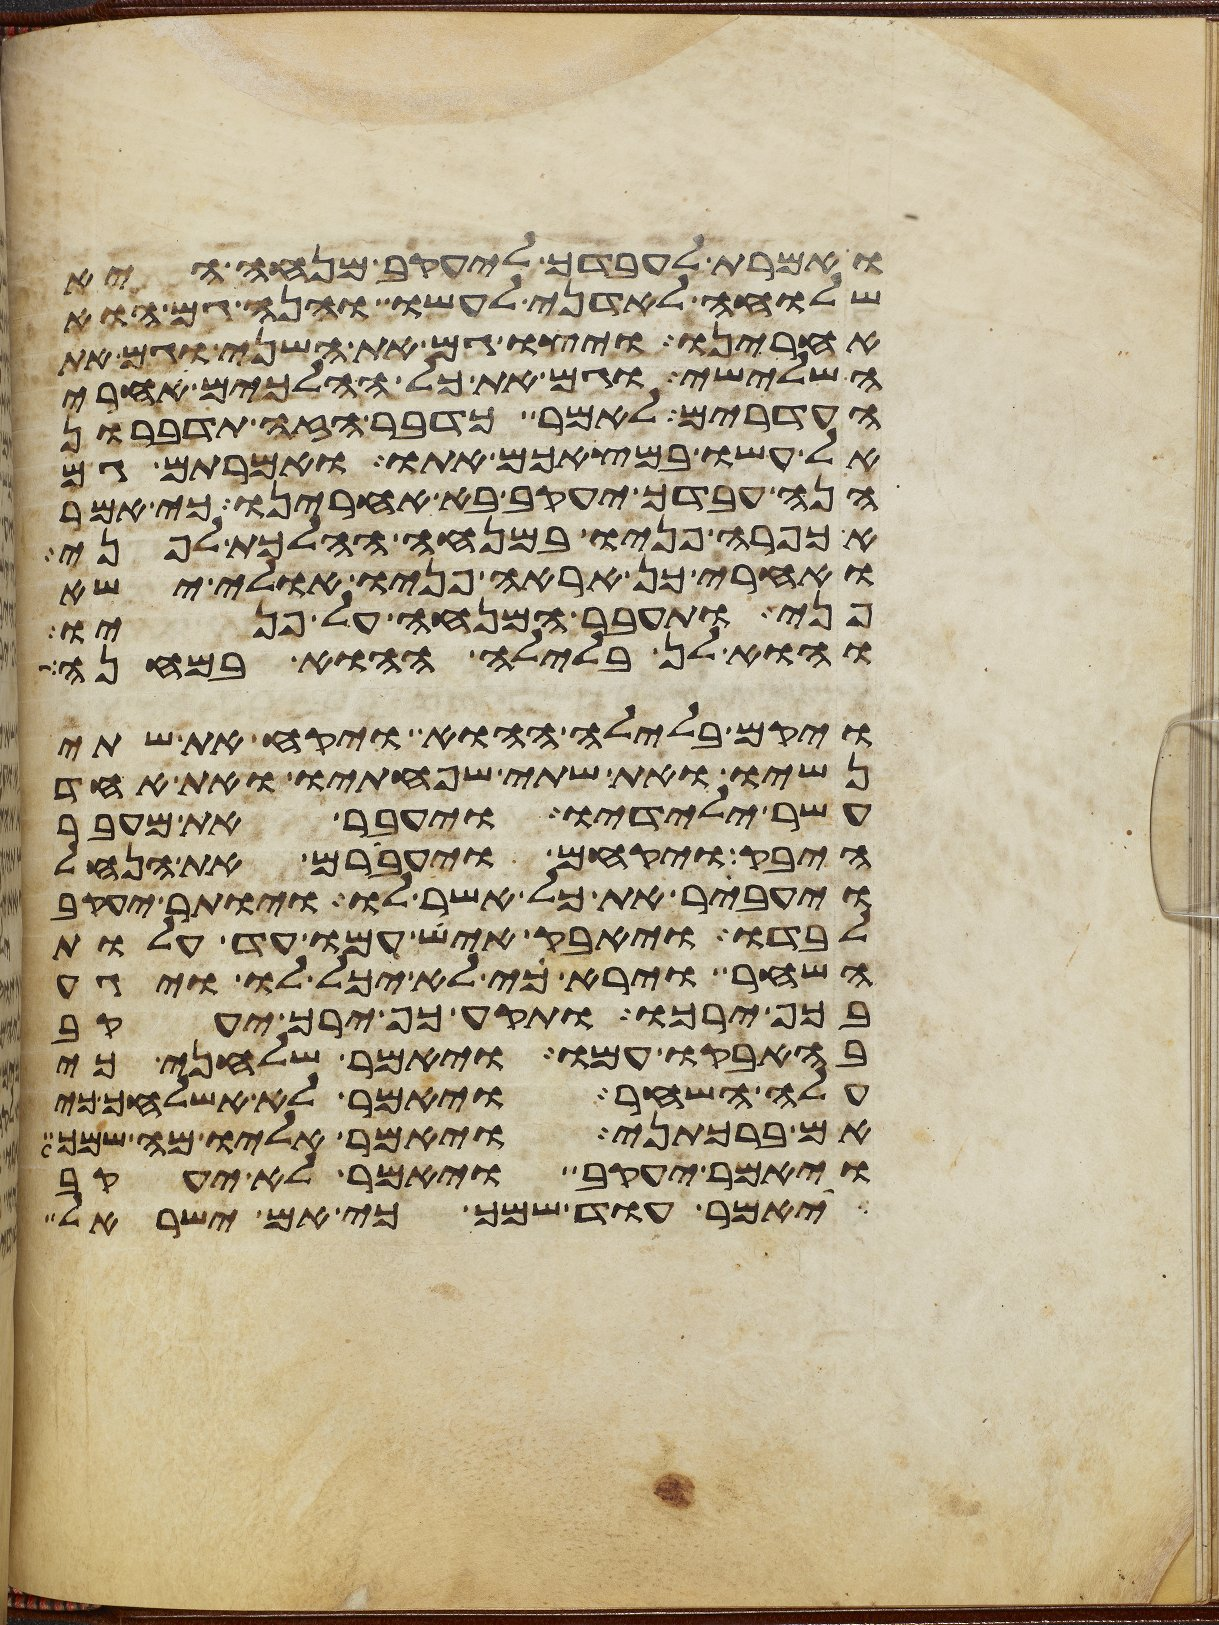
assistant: ואמרת לעבדך ליעקב מנחה היא
שלוחה לאדני לעשו והנה גם הוא
אחרינו ויצו גם את השני וגם את
השלישי וגם את כל ההלכים אחרי
העדרים לאמר כדבר הזה תדברון
אל עשו במצאכם אתו ואמרתם גם
הנה עבדך יעקב בא אחרינו כי אמר
אכפרה פניו במנחה ההלכת לפני
ואחרי כן אראה פניו אולי ישא
פני ותעבר המנחה על פניו
והוא לן בלילה ההוא במחנה
ויקם בלילה ההוא ויקח את שתי
נשיו ואת שתי שפחתיו ואת אחד
עשר ילידיו ויעבר את מעבר
היבק ויקחם ויעברם את הנחל
ויעבר את כל אשר לו ויותר יעקב
לבדו ויאבק איש עמו עד עלות
השחר וירא כי לא יכל לו ויגע
בכף ירכו ותקע כף ירך יעקב
בהאבקו עמו ויאמר שלחני כי
עלה השחר ויאמר לא אשלחך כי
אם ברכתני ויאמר אליו מה שמך
ויאמר יעקב ויאמר לא יעקב
יאמר עוד שמך כי אם ישראל